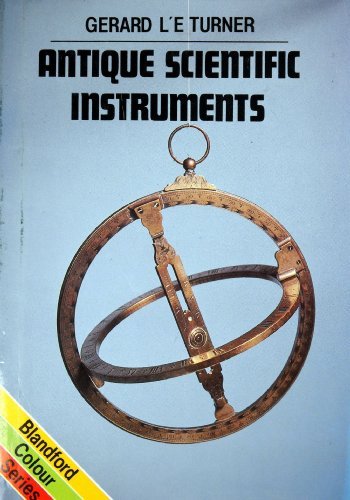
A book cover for Antique Scientific Instruments (Colour); Gerard L'Estrange Turner; Science & Math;